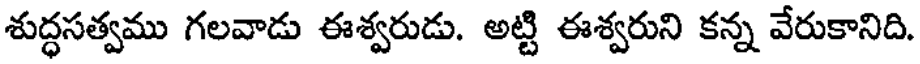
శుద్ధసత్వము గలవాడు ఈశ్వరుడు. అట్టి ఈశ్వరుని కన్న వేరుకానిది.